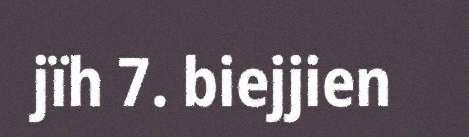
jïh 7. biejjien